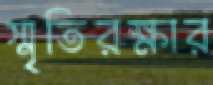
স্মৃতিরক্ষার